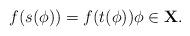
LaTeX: \begin{align*} f(s(\phi)) = f(t(\phi)) \phi \in {\bf X}.\end{align*}